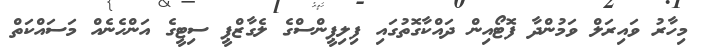
މިހާރު ވައިރަލް ވަމުންދާ ފޮޓޯއިން ދައްކާގޮތުގައި ފިލިޕީންސްގެ ލެގާޒްޕީ ސިޓީގެ އަންހެނެއް މަސައްކަތް